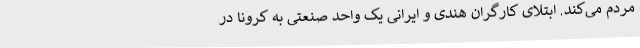
مردم می‌کند. ابتلای کارگران هندی و ایرانی یک واحد صنعتی به کرونا در